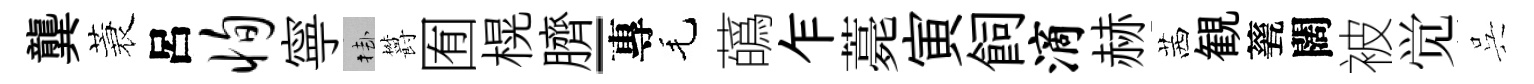
龔蓑呂恂寧挂欝囿榥臍-專毛蘤乍薧寅飼滴赫茜観甆闊被觉呉